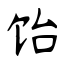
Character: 饴